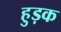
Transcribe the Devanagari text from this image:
हुड़क